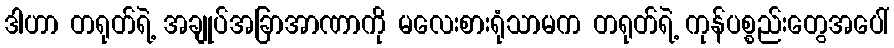
ဒါဟာ တရုတ်ရဲ့ အချုပ်အခြာအာဏာကို မလေးစားရုံသာမက တရုတ်ရဲ့ ကုန်ပစ္စည်းတွေအပေါ်